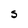
Character: S